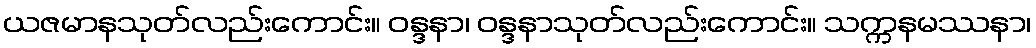
ယဇမာနသုတ်လည်းကောင်း။ ဝန္ဒနာ၊ ဝန္ဒနာသုတ်လည်းကောင်း။ သက္ကနမဿနာ၊